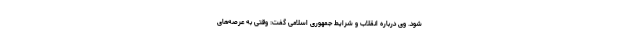
شود. وی درباره انقلاب و شرایط جمهوری اسلامی گفت: وقتی به عرصه‌های